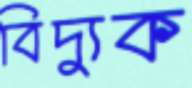
বিদ্যুক